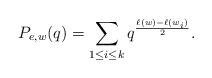
LaTeX: \begin{align*} P_{e,w}(q)=\sum_{1\leq i\leq k}q^{\frac{\ell(w)-\ell(w_i)}{2}}. \end{align*}